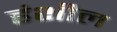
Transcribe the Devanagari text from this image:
हंशील